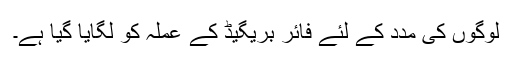
لوگوں کی مدد کے لئے فائر بریگیڈ کے عملہ کو لگایا گیا ہے۔